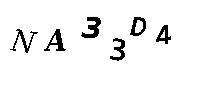
NA33D4